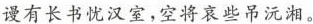
谩有长书忧汉室，空将哀些吊沅湘。